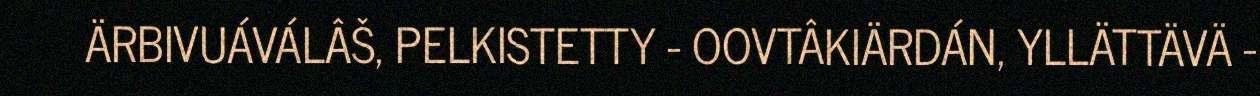
ÄRBIVUÁVÁLÂŠ, PELKISTETTY - OOVTÂKIÄRDÁN, YLLÄTTÄVÄ -